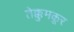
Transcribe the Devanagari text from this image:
तेक्कुमकूर